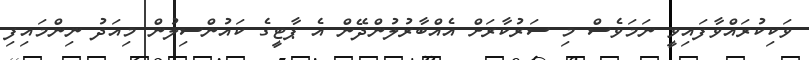
ވަކިކުރައްވާފައިވީ ނަމަވެސް މި ސަރުކާރަށް އެއްބާރުލުންދޭން އެ ޕާޓީގެ ކައުންސިލުން މިއަދު ނިންމައިފި